Report by Surgeon-Major Lyons, I.M.S., President of the Plague Research Committee - Part I
Disease focus: Plague
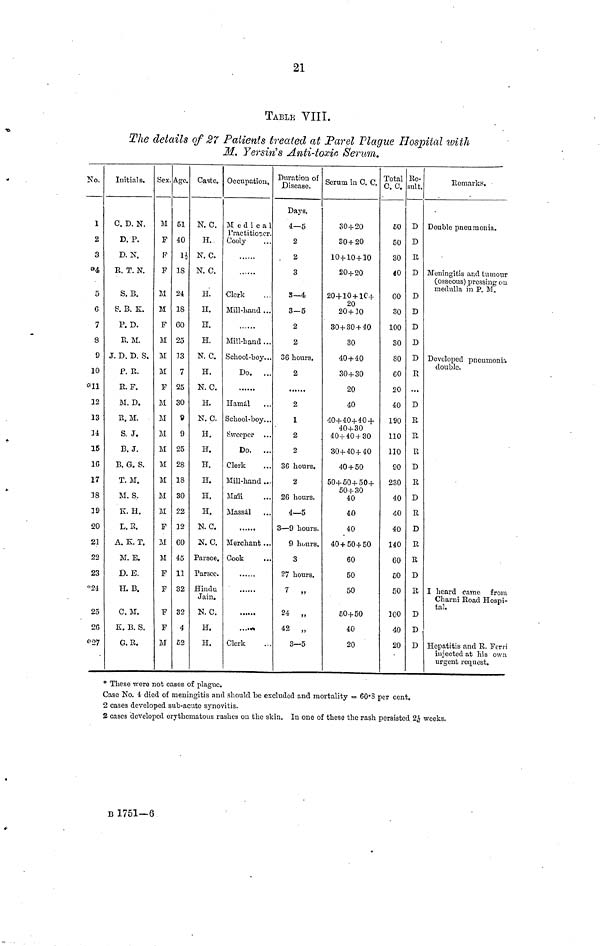
21
TABLE VIII.
The details of 27 Patients treated at Parel Plague Hospital with
M. Yersiris Anti-toxin Serum.
No.
1
2
3
*4
5
C
7
8
9
10
#11
12
13
34
15
16
17
38
39
20
21
22
23
*24
25
2G
Initials.
C. D. N.
D. P.
D. N.
R. T. N.
S. B.
S. B. K.
P.D.
E. M.
J. D. D. S.
P. R.
R. F.
M. D.
R.M.
S. J.
B. J.
B. G. S.
T. M.
M. S.
K. H.
L.E.
A. K. T.
M. E.
D.E.
H. B.
C. M.
E. B. S.
G. R.
Sex.
M
F
F
F
M
M
F
M
M
M
F
M
M
M
M
M
M
M
M
F
M
M
F
F
F
F
M
Age.
51
40
18
24
18
60
25
13
7
25
30
9
9
25
28
18
30
22
12
60
45
11
32
32
4
52
Caste.
N. C.
H.
N. C.
N. C.
IL
H.
H.
H.
N. C.
H.
N. C.
H.
N. C.
H.
H.
H.
H.
n.
H.
N. C.
N.C.
Parsee.
Parsee.
Hindu
Jain.
N. C.
H.
H.
Occupation,
M e d i c a 1
Practitioner.
Cooly
Clerk
Mill-hand ...
Mill-hand ...
School-boy...
Do.
...
Hamál
School-boy...
Sweeper
Do.
...
Clerk
Mill-hand ...
Mali
Massal
Merchant..
Cook
Clerk
Duration of
Disease.
Days.
4—5
2
. 2
3
3—4
3—5
2
2
36 hours.
2
2
1
2
2
3ß hours.
2
26 hours.
4—5
3—9 hours.
9 hours.
3
27 hours.
7 „
24 „
42 „
3—5
Serum in C. C.
30 + 20
30 + 20
10+10 + 10
20+20
20+10 + 1C+
20
20+30
30+30 + 40
30
40 + 40
30 + 30
20
40
40+40+40 +
40+30
40+40 + 30
30+40+40
40 + 50
50+50 + 50+
50+30
40
40
40
40 + 50+50
60
50
50
60+50
40
20
Total
C. C.
50
50
30
40
60
30
100
30
80
GO
20
40
190
110
110
90
230
40
40
40
140
60
50
50
200
40
20
Re-
sult.
D
D
R
D
D
D
D
D
D
...
D
R
R
R
D
R
D
R
D
R
R
D
R
D
D
D
Remark. 1 ?.
Double pneumonia.
Meningitis and tumour
(osseous) pressing ou
medulla in P. M.
Developed pneumonia
double.
I heard came from
Charni Road Hospi-
tal.
Hepatitis and R. Fern
injected at his own
urgent request.
* These were not cases of plague.
Case No. 4 died of meningitis and should be excluded and mortality = 60.S per cent.
2 cases developed sub-acuto synovitis.
2 cases developed erythematous rashes on the skin. In one of these the rash persisted 2 1/2 weeks-
B 1751—6